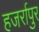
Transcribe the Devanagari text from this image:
हजर्रापुर